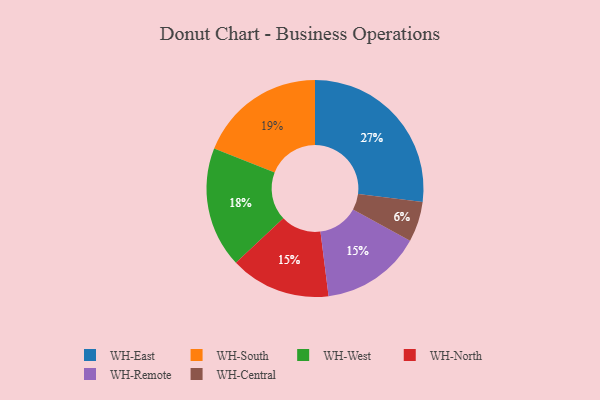
{"axis": {"x": "Category", "y": "Percentage"}, "legend": ["WH-Central", "WH-East", "WH-North", "WH-Remote", "WH-South", "WH-West"], "data": [{"x": "WH-West", "y": 18, "type": "WH-West"}, {"x": "WH-East", "y": 27, "type": "WH-East"}, {"x": "WH-North", "y": 15, "type": "WH-North"}, {"x": "WH-South", "y": 19, "type": "WH-South"}, {"x": "WH-Central", "y": 6, "type": "WH-Central"}, {"x": "WH-Remote", "y": 15, "type": "WH-Remote"}]}